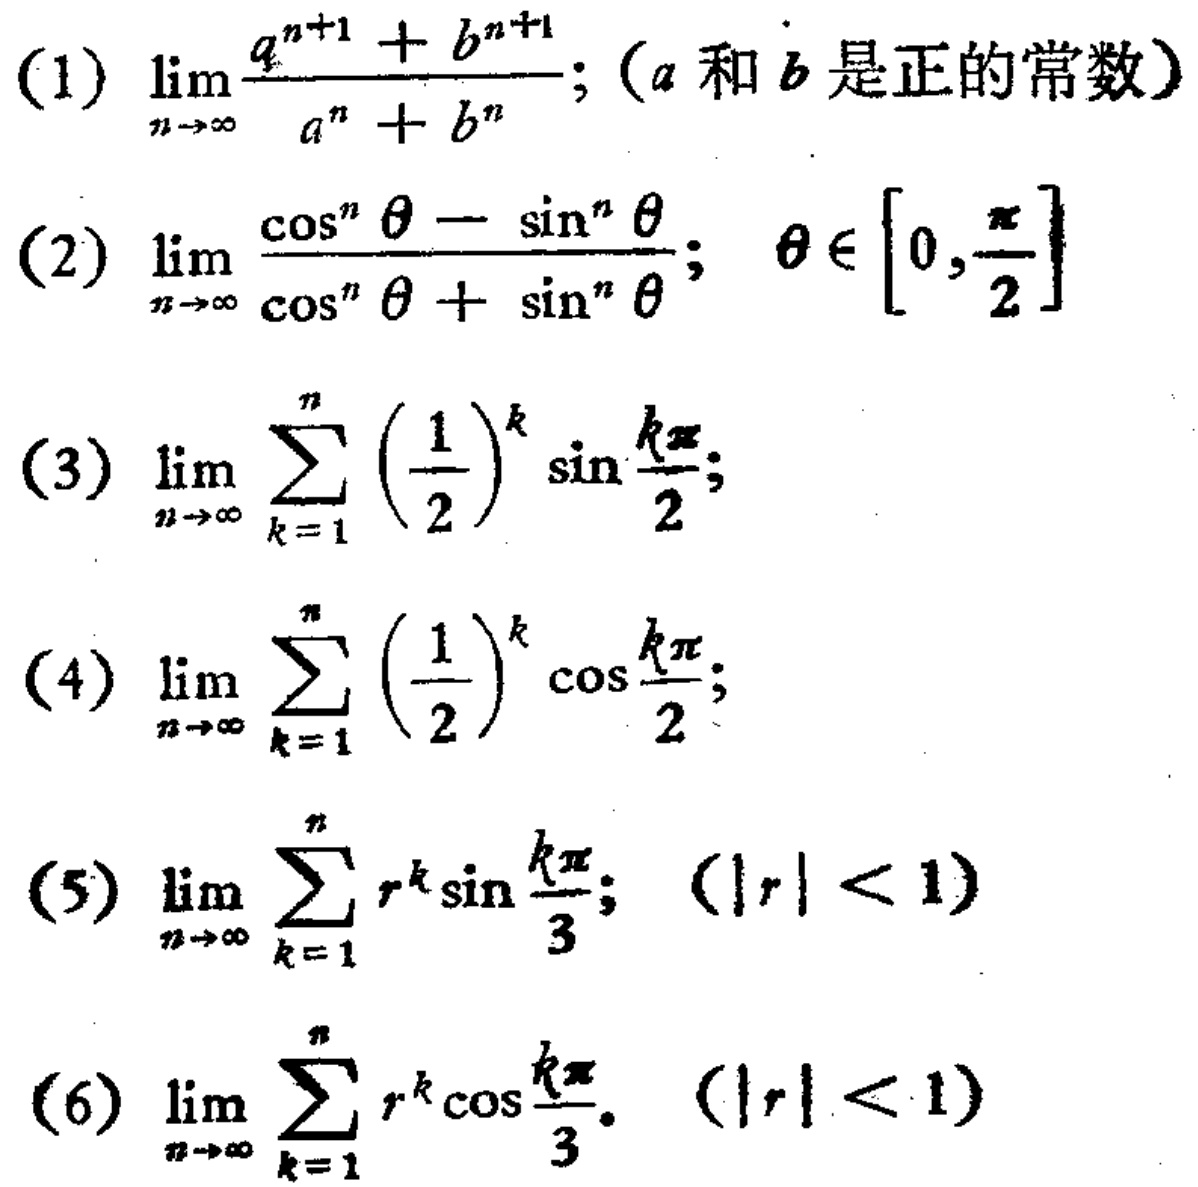
(1) $\lim_{n \to \infty} \frac{a^{n + 1}+b^{n + 1}}{a^{n}+b^{n}}$; ($a$和$b$是正的常数)
(2) $\lim_{n \to \infty} \frac{\cos^{n} \theta-\sin^{n} \theta}{\cos^{n} \theta+\sin^{n} \theta}$; $\theta \in \left[0,\frac{\pi}{2}\right]$
(3) $\lim_{n \to \infty} \sum_{k = 1}^{n} \left(\frac{1}{2}\right)^{k} \sin \frac{k\pi}{2}$;
(4) $\lim_{n \to \infty} \sum_{k = 1}^{n} \left(\frac{1}{2}\right)^{k} \cos \frac{k\pi}{2}$;
(5) $\lim_{n \to \infty} \sum_{k = 1}^{n} r^{k} \sin \frac{k\pi}{3}$; $(|r| < 1)$
(6) $\lim_{n \to \infty} \sum_{k = 1}^{n} r^{k} \cos \frac{k\pi}{3}$. $(|r| < 1)$